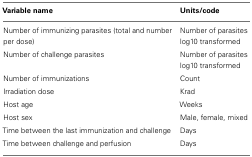
<table><thead><tr><td><b>Variable name</b></td><td><b>Units/code</b></td></tr></thead><tbody><tr><td>Number of immunizing parasites (total and number per dose)</td><td>Number of parasites log10 transformed</td></tr><tr><td>Number of challenge parasites</td><td>Number of parasites log10 transformed</td></tr><tr><td>Number of immunizations</td><td>Count</td></tr><tr><td>Irradiation dose</td><td>Krad</td></tr><tr><td>Host age</td><td>Weeks</td></tr><tr><td>Host sex</td><td>Male, female, mixed</td></tr><tr><td>Time between the last immunization and challenge</td><td>Days</td></tr><tr><td>Time between challenge and perfusion</td><td>Days</td></tr></tbody></table>